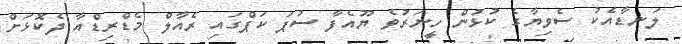
ލަނޑާއެކު ސެވިޔާގެ ކުޅުން ހީނަރުވެ ޔޫއެފާ ސުޕަ ކަޕްގައި ރެއާލް މެޑްރިޑްއާ ދެކޮޅަށް